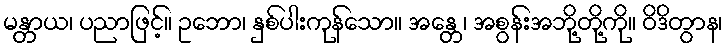
မန္တာယ၊ ပညာဖြင့်။ ဥဘော၊ နှစ်ပါးကုန်သော။ အန္တေ၊ အစွန်းအဘို့တို့ကို။ ဝိဒိတွာန၊